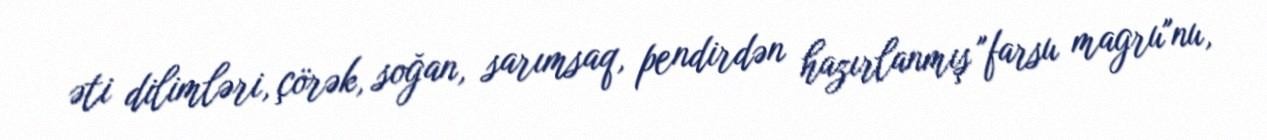
əti dilimləri, çörək, soğan, sarımsaq, pendirdən hazırlanmış "farsu magru"nu,